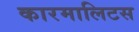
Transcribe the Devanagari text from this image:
कारमालिटस